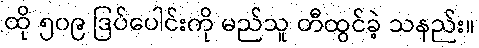
ထို ၅၀၉ ဒြပ်ပေါင်းကို မည်သူ တီထွင်ခဲ့ သနည်း။